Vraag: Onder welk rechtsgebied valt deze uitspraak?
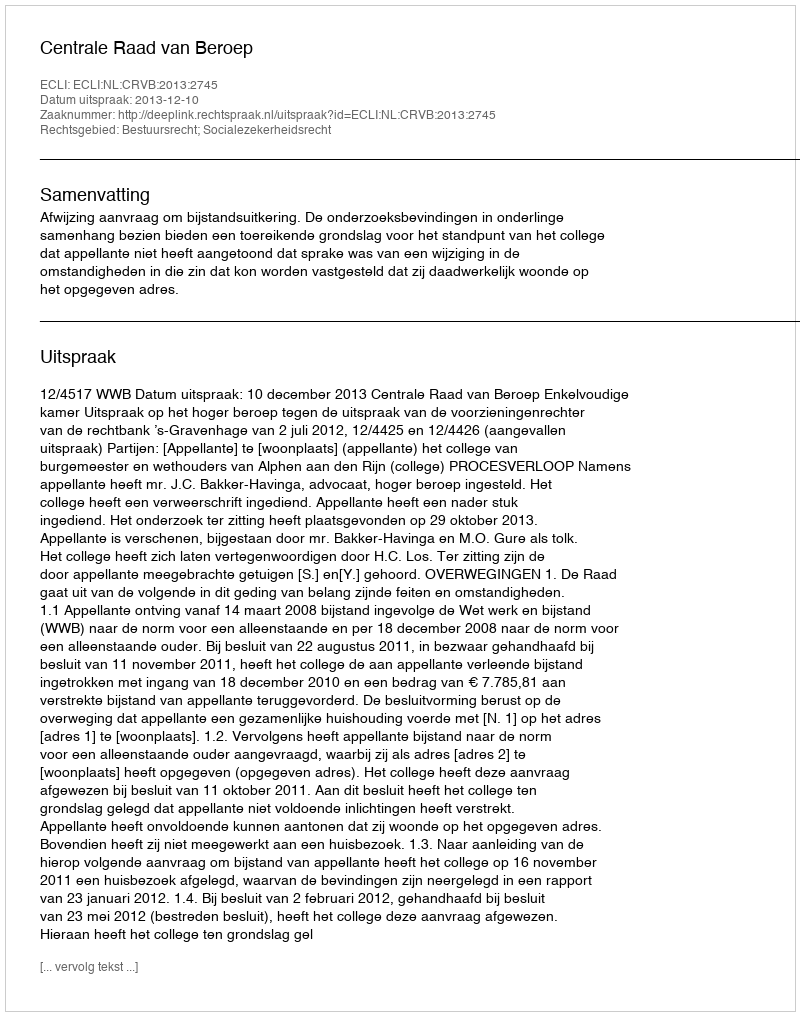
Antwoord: Bestuursrecht; Socialezekerheidsrecht